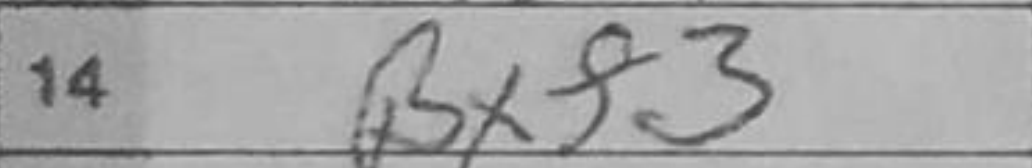
Transcription: Bxf3